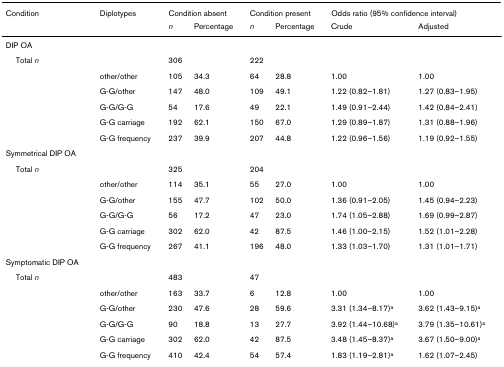
<table><thead><tr><td><b>Condition</b></td><td><b>Diplotypes</b></td><td colspan="2"><b>Condition absent</b></td><td colspan="2"><b>Condition present</b></td><td colspan="2"><b>Odds ratio (95% confidence interval)</b></td></tr><tr><td></td><td></td><td><b><i>n</i></b></td><td><b>Percentage</b></td><td><b><i>n</i></b></td><td><b>Percentage</b></td><td><b>Crude</b></td><td><b>Adjusted</b></td></tr></thead><tbody><tr><td>DIP OA</td><td></td><td></td><td></td><td></td><td></td><td></td><td></td></tr><tr><td> Total <i>n</i></td><td></td><td>306</td><td></td><td>222</td><td></td><td></td><td></td></tr><tr><td></td><td>other/other</td><td>105</td><td>34.3</td><td>64</td><td>28.8</td><td>1.00</td><td>1.00</td></tr><tr><td></td><td>G-G/other</td><td>147</td><td>48.0</td><td>109</td><td>49.1</td><td>1.22 (0.82–1.81)</td><td>1.27 (0.83–1.95)</td></tr><tr><td></td><td>G-G/G-G</td><td>54</td><td>17.6</td><td>49</td><td>22.1</td><td>1.49 (0.91–2.44)</td><td>1.42 (0.84–2.41)</td></tr><tr><td></td><td>G-G carriage</td><td>192</td><td>62.1</td><td>150</td><td>67.0</td><td>1.29 (0.89–1.87)</td><td>1.31 (0.88–1.96)</td></tr><tr><td></td><td>G-G frequency</td><td>237</td><td>39.9</td><td>207</td><td>44.8</td><td>1.22 (0.96–1.56)</td><td>1.19 (0.92–1.55)</td></tr><tr><td>Symmetrical DIP OA</td><td></td><td></td><td></td><td></td><td></td><td></td><td></td></tr><tr><td> Total <i>n</i></td><td></td><td>325</td><td></td><td>204</td><td></td><td></td><td></td></tr><tr><td></td><td>other/other</td><td>114</td><td>35.1</td><td>55</td><td>27.0</td><td>1.00</td><td>1.00</td></tr><tr><td></td><td>G-G/other</td><td>155</td><td>47.7</td><td>102</td><td>50.0</td><td>1.36 (0.91–2.05)</td><td>1.45 (0.94–2.23)</td></tr><tr><td></td><td>G-G/G-G</td><td>56</td><td>17.2</td><td>47</td><td>23.0</td><td>1.74 (1.05–2.88)</td><td>1.69 (0.99–2.87)</td></tr><tr><td></td><td>G-G carriage</td><td>302</td><td>62.0</td><td>42</td><td>87.5</td><td>1.46 (1.00–2.15)</td><td>1.52 (1.01–2.28)</td></tr><tr><td></td><td>G-G frequency</td><td>267</td><td>41.1</td><td>196</td><td>48.0</td><td>1.33 (1.03–1.70)</td><td>1.31 (1.01–1.71)</td></tr><tr><td>Symptomatic DIP OA</td><td></td><td></td><td></td><td></td><td></td><td></td><td></td></tr><tr><td> Total <i>n</i></td><td></td><td>483</td><td></td><td>47</td><td></td><td></td><td></td></tr><tr><td></td><td>other/other</td><td>163</td><td>33.7</td><td>6</td><td>12.8</td><td>1.00</td><td>1.00</td></tr><tr><td></td><td>G-G/other</td><td>230</td><td>47.6</td><td>28</td><td>59.6</td><td>3.31 (1.34–8.17)<sup>a</sup></td><td>3.62 (1.43–9.15)<sup>a</sup></td></tr><tr><td></td><td>G-G/G-G</td><td>90</td><td>18.8</td><td>13</td><td>27.7</td><td>3.92 (1.44–10.68)<sup>a</sup></td><td>3.79 (1.35–10.61)<sup>a</sup></td></tr><tr><td></td><td>G-G carriage</td><td>302</td><td>62.0</td><td>42</td><td>87.5</td><td>3.48 (1.45–8.37)<sup>a</sup></td><td>3.67 (1.50–9.00)<sup>a</sup></td></tr><tr><td></td><td>G-G frequency</td><td>410</td><td>42.4</td><td>54</td><td>57.4</td><td>1.83 (1.19–2.81)<sup>a</sup></td><td>1.62 (1.07–2.45)</td></tr></tbody></table>